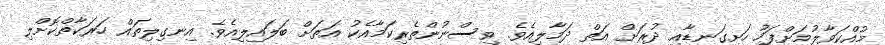
މުއްކަވާލުމަށްފަހު ހަށިގަނޑާއި ދުރަށް އަތް ދަމާލިއެވެ. ވިސްނުންތެރިކަމާއެކު އަތަށް ބަލައިލިއެވެ. އިނގިލިތައް ހަރަކާތްކޮށްލި